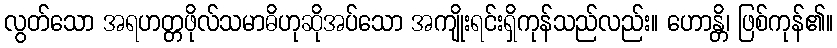
လွတ်သော အရဟတ္တဖိုလ်သမာဓိဟုဆိုအပ်သော အကျိုးရင်းရှိကုန်သည်လည်း။ ဟောန္တိ၊ ဖြစ်ကုန်၏။